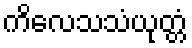
ကိလေသသံယုတ္တံ